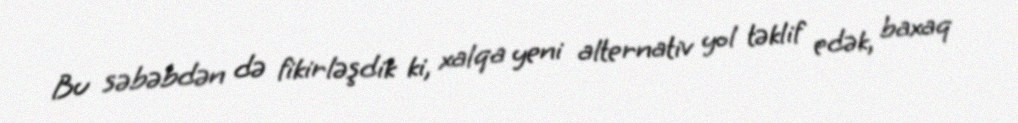
Bu səbəbdən də fikirləşdik ki, xalqa yeni alternativ yol təklif edək, baxaq